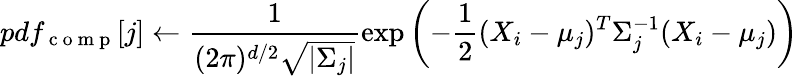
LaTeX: pdf_{\mathrm{~c~o~m~p~}}[j]\leftarrow\frac{1}{(2\pi)^{d/2}\sqrt{|\Sigma_{j}|}}\exp\left(-\frac{1}{2}(X_{i}-\mu_{j})^{T}\Sigma_{j}^{-1}(X_{i}-\mu_{j})\right)